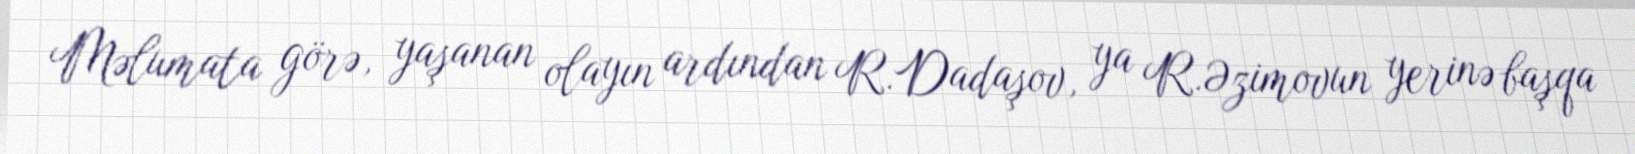
Məlumata görə, yaşanan olayın ardından R.Dadaşov, ya R.Əzimovun yerinə başqa